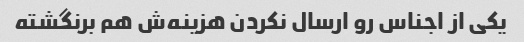
یکی از اجناس رو ارسال نکردن هزینه‌ش هم برنگشته